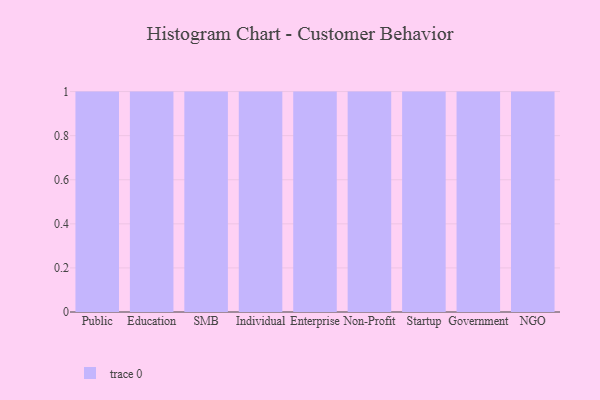
{"axis": {"x": "Segment", "y": "Bounce Rate (%)"}, "legend": [""], "data": [{"x": "Public", "y": 100, "type": ""}, {"x": "Education", "y": 8, "type": ""}, {"x": "SMB", "y": 16, "type": ""}, {"x": "Individual", "y": 50, "type": ""}, {"x": "Enterprise", "y": 65, "type": ""}, {"x": "Non-Profit", "y": 54, "type": ""}, {"x": "Startup", "y": 6, "type": ""}, {"x": "Government", "y": 34, "type": ""}, {"x": "NGO", "y": 36, "type": ""}]}